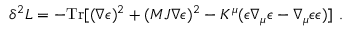
\delta ^ { 2 } { \cal L } = - \mathrm { T r } [ ( \nabla \epsilon ) ^ { 2 } + ( { \cal M } J \nabla \epsilon ) ^ { 2 } - K ^ { \mu } ( \epsilon \nabla _ { \mu } \epsilon - \nabla _ { \mu } \epsilon \epsilon ) ] \ .